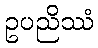
ဥပညိဿံ